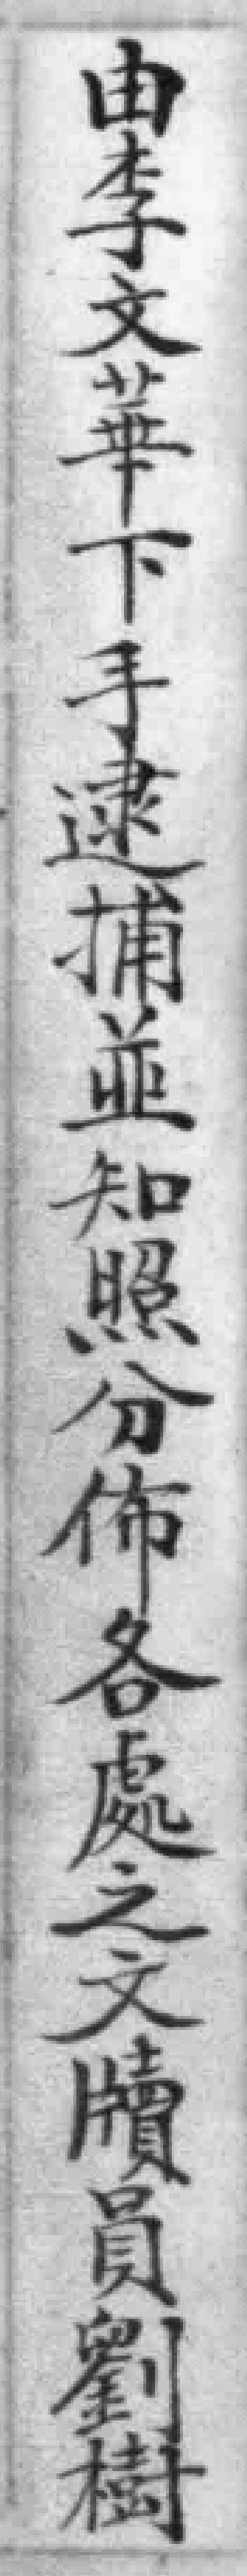
由李文華下手逮捕並知照分佈各處之文牘員劉樹